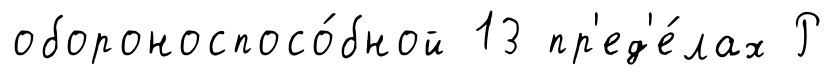
обороноспосо́бной 13 пр'ед'е́лах Р